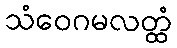
သံဝေဂမလတ္ထံ